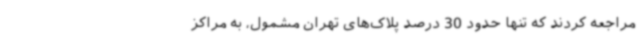
مراجعه کردند که تنها حدود 30 درصد پلاک‌های تهران مشمول، به مراکز